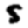
Digit: 5